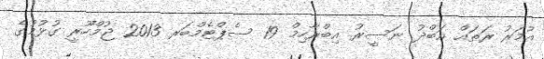
އުމަރު ރަތައް އަބްދު ނަސީރު އިބްރާހިމް 19 ސެޕްޓެމްބަރ 2013 ޖުމްހޫރީ ގުޅުމުގެ